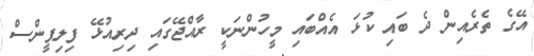
އޭގެ ތެރެއިން ދެ ބައި ކުޅަ އެއްބައި މީހުންނަކީ ރާއްޖޭގައި ދިރިއުޅޭ ފިލިޕީންސް